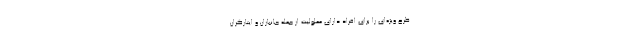
طرح ويژه‌ای را برای افراد دارای معلولیت از جمله جانبازان و ایثارگران